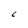
Character: C